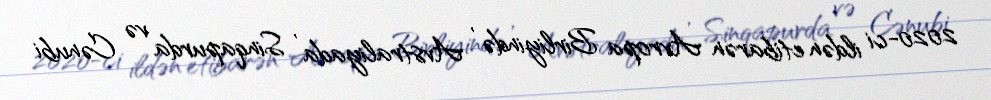
2020-ci ildən etibarən Avropa Birliyində , Avstraliyada , Sinqapurda və Cənubi